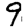
Digit: 9